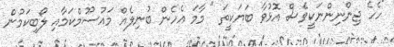
"ހެހެ ޖިންނިންނަކީވެސް އޮޅުވާ ބަޔަކީތަ " މާމަ އެހެން ބުނިލެއް މައުސޫމްކަމާއި ލޯބިކަމުން